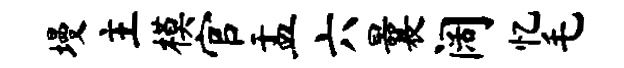
墁主模官盂六曩阔忆毛